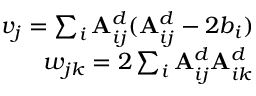
\begin{array} { r } { v _ { j } = \sum _ { i } \mathbf { A } _ { i j } ^ { d } ( \mathbf { A } _ { i j } ^ { d } - 2 b _ { i } ) } \\ { w _ { j k } = 2 \sum _ { i } \mathbf { A } _ { i j } ^ { d } \mathbf { A } _ { i k } ^ { d } } \end{array}